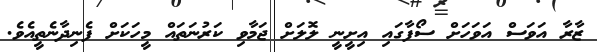
ޒާރާ އަވަސް އަވަހަށް ސޯފާގައި އިށީނީ ލޮލަށް ޖަމާވި ކަރުނަތައް މީހަކަށް ފެނިދާނެތީއެވެ.